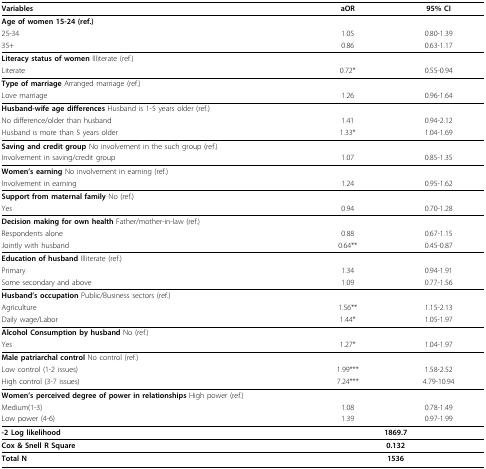
<table><thead><tr><td><b>Variables</b></td><td><b>aOR</b></td><td><b>95% CI</b></td></tr></thead><tbody><tr><td><b>Age of women </b>15-24 (ref.)</td><td></td><td></td></tr><tr><td>25-34</td><td>1.05</td><td>0.80-1.39</td></tr><tr><td>35+</td><td>0.86</td><td>0.63-1.17</td></tr><tr><td><b>Literacy status of women </b>Illiterate (ref.)</td><td></td><td></td></tr><tr><td>Literate</td><td>0.72*</td><td>0.55-0.94</td></tr><tr><td><b>Type of marriage </b>Arranged marriage (ref.)</td><td></td><td></td></tr><tr><td>Love marriage</td><td>1.26</td><td>0.96-1.64</td></tr><tr><td><b>Husband-wife age differences </b>Husband is 1-5 years older (ref.)</td><td></td><td></td></tr><tr><td>No difference/older than husband</td><td>1.41</td><td>0.94-2.12</td></tr><tr><td>Husband is more than 5 years older</td><td>1.33*</td><td>1.04-1.69</td></tr><tr><td><b>Saving and credit group </b>No involvement in the such group (ref.)</td><td></td><td></td></tr><tr><td>Involvement in saving/credit group</td><td>1.07</td><td>0.85-1.35</td></tr><tr><td><b>Women&#x27;s earning </b>No involvement in earning (ref.)</td><td></td><td></td></tr><tr><td>Involvement in earning</td><td>1.24</td><td>0.95-1.62</td></tr><tr><td><b>Support from maternal family </b>No (ref.)</td><td></td><td></td></tr><tr><td>Yes</td><td>0.94</td><td>0.70-1.28</td></tr><tr><td><b>Decision making for own health </b>Father/mother-in-law (ref.)</td><td></td><td></td></tr><tr><td>Respondents alone</td><td>0.88</td><td>0.67-1.15</td></tr><tr><td>Jointly with husband</td><td>0.64**</td><td>0.45-0.87</td></tr><tr><td><b>Education of husband </b>Illiterate (ref.)</td><td></td><td></td></tr><tr><td>Primary</td><td>1.34</td><td>0.94-1.91</td></tr><tr><td>Some secondary and above</td><td>1.09</td><td>0.77-1.56</td></tr><tr><td><b>Husband&#x27;s occupation </b>Public/Business sectors (ref.)</td><td></td><td></td></tr><tr><td>Agriculture</td><td>1.56**</td><td>1.15-2.13</td></tr><tr><td>Daily wage/Labor</td><td>1.44*</td><td>1.05-1.97</td></tr><tr><td><b>Alcohol Consumption by husband </b>No (ref.)</td><td></td><td></td></tr><tr><td>Yes</td><td>1.27*</td><td>1.04-1.97</td></tr><tr><td><b>Male patriarchal control </b>No control (ref.)</td><td></td><td></td></tr><tr><td>Low control (1-2 issues)</td><td>1.99***</td><td>1.58-2.52</td></tr><tr><td>High control (3-7 issues)</td><td>7.24***</td><td>4.79-10.94</td></tr><tr><td><b>Women&#x27;s perceived degree of power in relationships </b>High power (ref.)</td><td></td><td></td></tr><tr><td>Medium(1-3)</td><td>1.08</td><td>0.78-1.49</td></tr><tr><td>Low power (4-6)</td><td>1.39</td><td>0.97-1.99</td></tr><tr><td><b>-2 Log likelihood</b></td><td colspan="2"><b>1869.7</b></td></tr><tr><td><b>Cox &amp; Snell R Square</b></td><td colspan="2"><b>0.132</b></td></tr><tr><td><b>Total N</b></td><td colspan="2"><b>1536</b></td></tr></tbody></table>